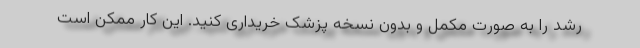
رشد را به صورت مکمل و بدون نسخه پزشک خریداری کنید. این کار ممکن است